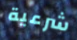
شرعية